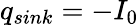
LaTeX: q_{sink}=-I_{0}